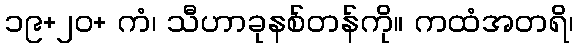
၁၉+၂၀+ ကံ၊ သီဟာခုနစ်တန်ကို။ ကထံအတရိ၊